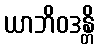
ယာဘိဝဒန္တိ